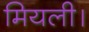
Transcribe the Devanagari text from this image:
मियली।